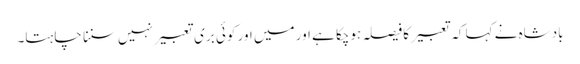
بادشاہ نے کہا کہ تعبیر کا فیصلہ ہوچکا ہے اور میں اور کوئی بری تعبیر نہیں سننا چاہتا۔